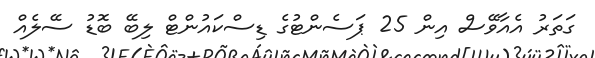
ގަތަރު އެއާވޭސް އިން 25 ޕަސެންޓުގެ ޑިސްކައުންޓް ލިބޭ ބޮޑު ސޭލެއް